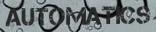
AUTOMATICS